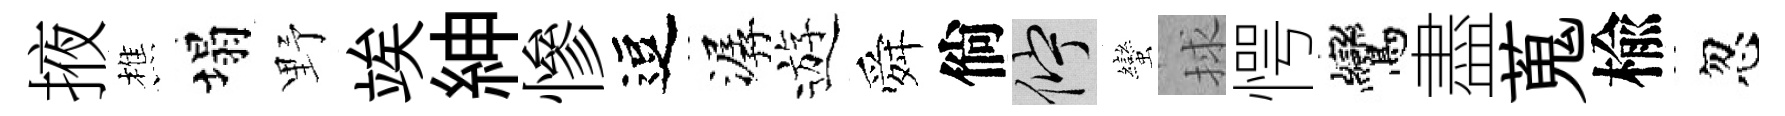
掖樵塌野竢紳慘逗潺遊舜倘伫蠻捄愕鸞盡蒐楡忽